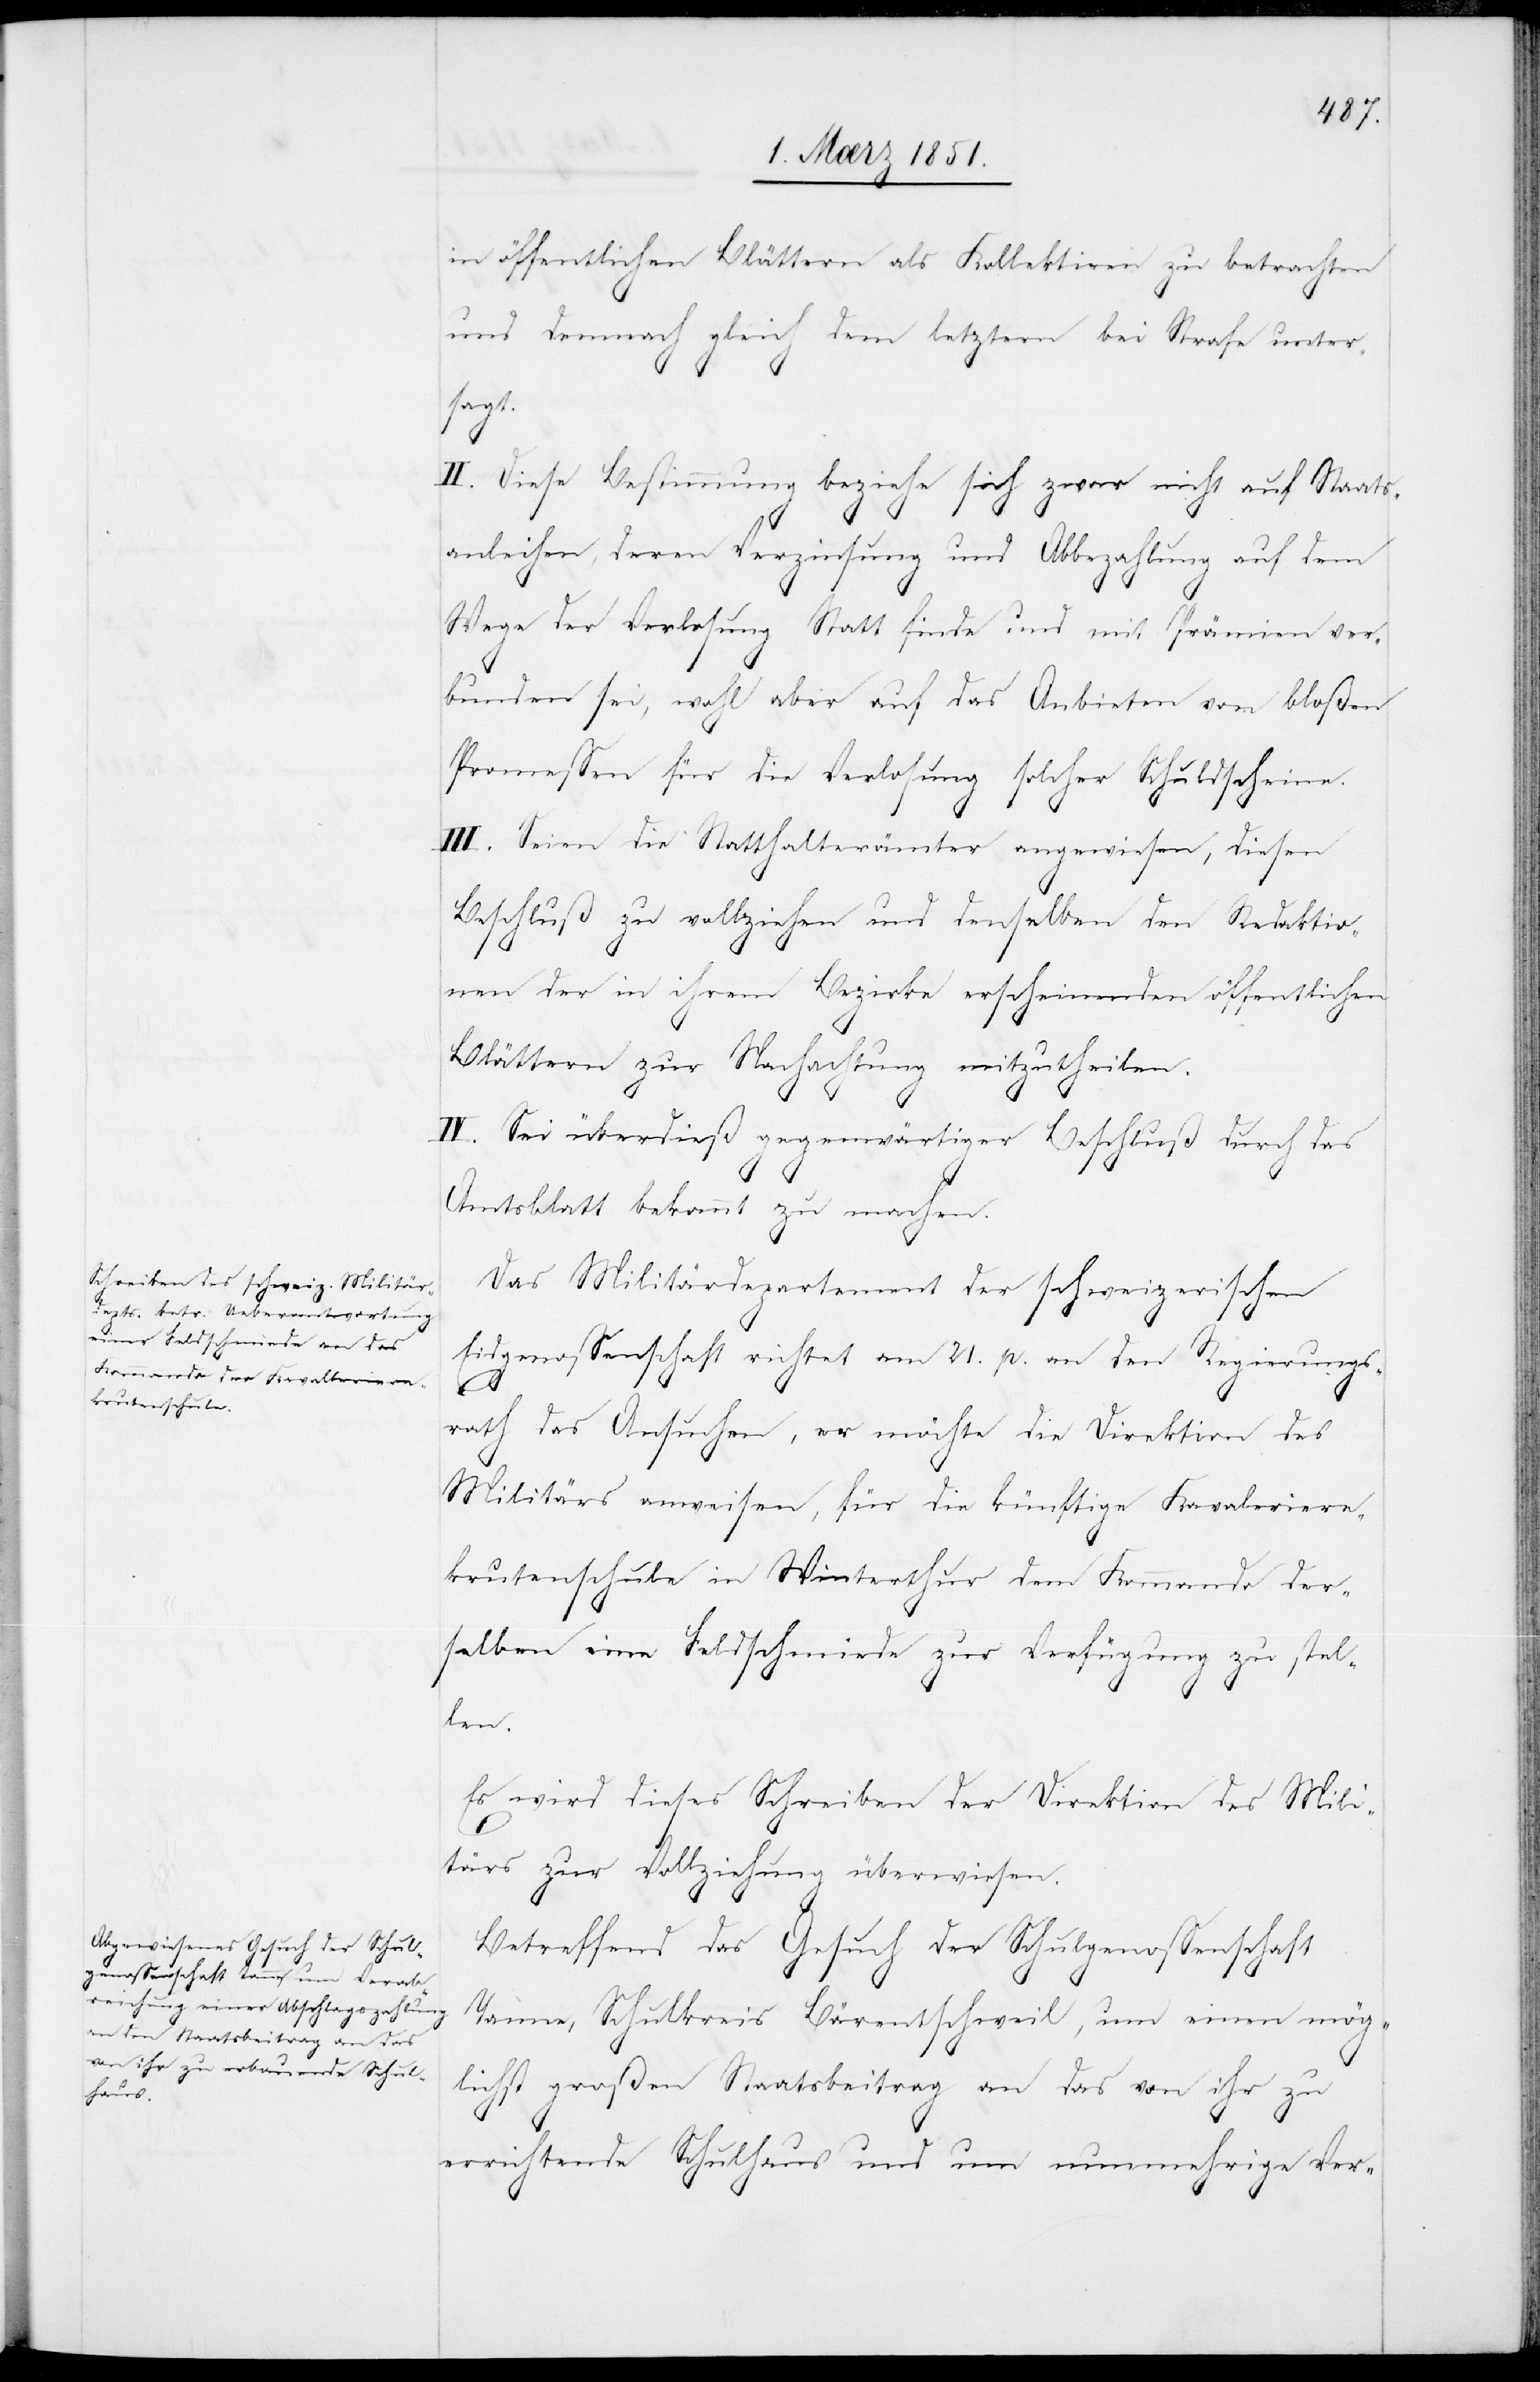
in öffentlichen Blättern als Kollektiren zu betrachten
und demnach gleich dem letztern bei Strafe unter¬
sagt.
II. Diese Bestimmung beziehe sich zwar nicht auf Staats¬
anleihen, deren Verzinsung und Abbezahlung auf dem
Wege der Verlosung Statt finde und mit Prämien ver¬
bunden sei, wohl aber auf das Anbieten von bloßen
Promessen für die Verlosung solcher Schuldscheine.
III. Seien die Statthalterämter angewiesen, diesen
Beschluß zu vollziehen und denselben den Redaktio¬
nen der in ihrem Bezirke erscheinenden öffentlichen
Blättern zur Nachachtung mitzutheilen.
IV. Sei überdieß gegenwärtiger Beschluß durch das
Amtsblatt bekannt zu machen.
Das Militärdepartement der schweizerischen
Eidgenossenschaft richtet am 21. p. an den Regierungs¬
rath das Ansuchen, er möchte die Direktion des
Militärs anweisen, für die künftige Kaval[l]eriere¬
krutenschule in Winterthur dem Kommando der¬
selben eine Feldschmiede zur Verfügung zu stel¬
len.
Es wird dieses Schreiben der Direktion des Mili¬
tärs zur Vollziehung überwiesen.
Betreffend das Gesuch der Schulgenossenschaft
Tanne, Schulkreis Bärentschweil, um einen mög¬
lichst großen Staatsbeitrag an das von ihr zu
errichtende Schulhaus und um nunmehrige Ver-